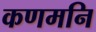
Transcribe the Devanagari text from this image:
कणमनि